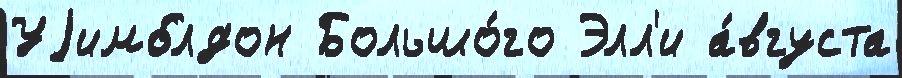
Уjимблдон Большо́го Элл'и а́вгуста